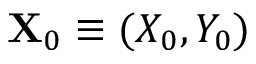
\mathbf { X } _ { 0 } \equiv ( X _ { 0 } , Y _ { 0 } )